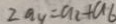
2 a _ { 4 } = a _ { 2 } + a _ { 6 }